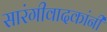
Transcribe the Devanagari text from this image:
सारंगीवादकांनी